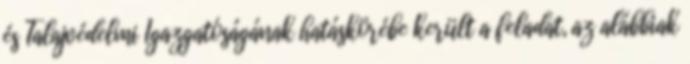
és Talajvédelmi Igazgatóságának hatáskörébe került a feladat, az alábbiak